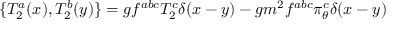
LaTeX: \{ T _ { 2 } ^ { a } ( x ) , T _ { 2 } ^ { b } ( y ) \} = g f ^ { a b c } T _ { 2 } ^ { c } \delta ( x - y ) - g m ^ { 2 } f ^ { a b c } \pi _ { \theta } ^ { c } \delta ( x - y )